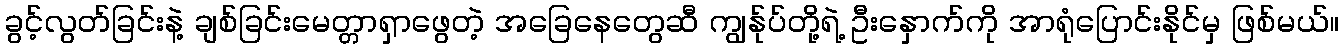
ခွင့်လွတ်ခြင်းနဲ့ ချစ်ခြင်းမေတ္တာရှာဖွေတဲ့ အခြေနေတွေဆီ ကျွန်ုပ်တို့ရဲ့ ဦးနှောက်ကို အာရုံပြောင်းနိုင်မှ ဖြစ်မယ်။